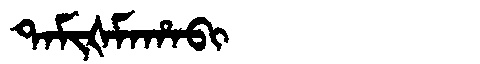
Manchu: ᡨᠠᠮᡳᡧᠮᠠᡥᠠᠪᡳ
Romanization: TAMIŠMAHABI